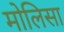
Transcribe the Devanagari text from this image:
मोलिसा